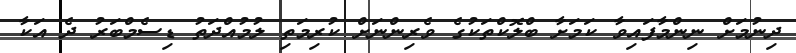
ދިނުމަށް ނިންމާފައިވާ ކަމަށާ ބްލޮކްތަކުގެ ވެރިންނަށް ކުރިމަތި ލުމުއްދަތު ޑިސެމްބަރު ދެ އަކާ